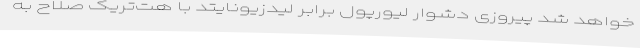
خواهد شد پیروزی دشوار لیورپول برابر لیدزیونایتد با هت‌تریک صلاح به